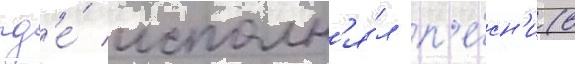
гд'е́ исполн'я́л п'е́сн'и (в